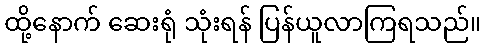
ထို့နောက် ဆေးရုံ သုံးရန် ပြန်ယူလာကြရသည်။